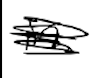
Text: in
Cross-out: scratch
Writing tool: digital_black